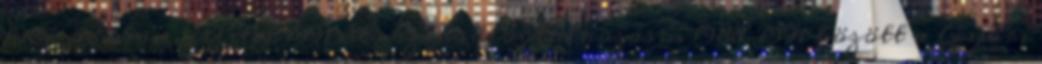
1987–88-ban, illetve 1991 óta szabadfoglalkozású. 1988–1991 között a Győri